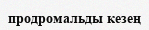
продромальды кезең